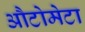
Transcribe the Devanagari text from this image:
औटोमेटा